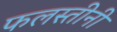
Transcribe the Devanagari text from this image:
फलस्तीनी